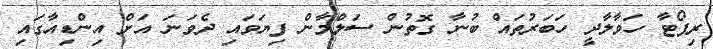
ރިޕޯޓާ ހަވާލާދީ ހަބަރުތައް ބުނާ ގޮތުން ސަލްމާން ފިޔަވައި ދެވަނަ އަށް އިންޑިއާގައި